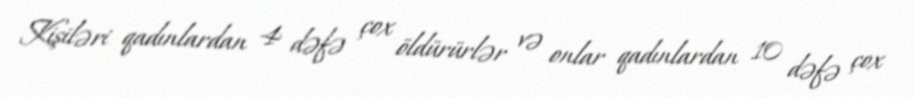
Kişiləri qadınlardan 4 dəfə çox öldürürlər və onlar qadınlardan 10 dəfə çox